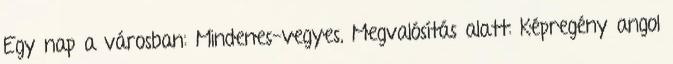
Egy nap a városban: Mindenes-vegyes, Megvalósítás alatt: Képregény angol